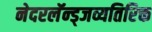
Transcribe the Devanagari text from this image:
नेदरलॅन्ड्जव्यतिरिक्त